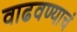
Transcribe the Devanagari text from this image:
वाढवण्याचं